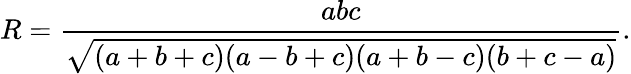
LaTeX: R={\frac{abc}{\sqrt{(a+b+c)(a-b+c)(a+b-c)(b+c-a)}}}.